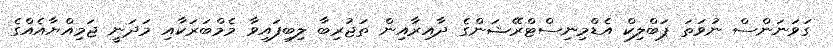
ގަވަނަންސް ނުވަތަ ޕަބްލިކް އެޑްމިނިސްޓްރޭޝަންގެ ދާއިރާއިން ތަޖުރިބާ ލިބިފައިވާ މެމްބަރަކާއި މަދަނީ ޖަމިއްޔާއެއްގެ